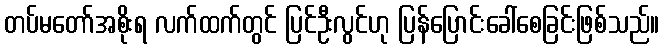
တပ်မတော်အစိုးရ လက်ထက်တွင် ပြင်ဦးလွင်ဟု ပြန်ပြောင်းခေါ်စေခြင်းဖြစ်သည်။